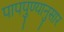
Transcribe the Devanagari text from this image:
पापपुण्यानुसार